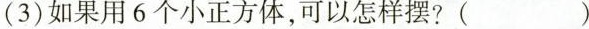
(3) 如果用 6 个小正方体，可以怎样摆? ( )